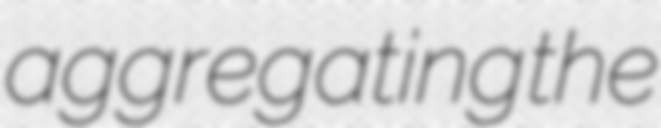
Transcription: aggregating the